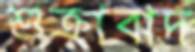
শুক্রাবাদ